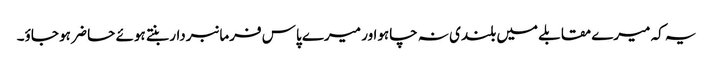
یہ کہ میرے مقابلے میں بلندی نہ چاہواور میرے پاس فرمانبردار بنتے ہوئے حا ضر ہو جاؤ۔